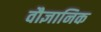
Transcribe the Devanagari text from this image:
वौज्ञानिक